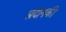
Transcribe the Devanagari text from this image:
प्रदानकी